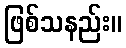
ဖြစ်သနည်း။